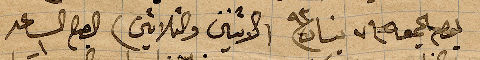
يوم الجمعة في ٧ نيسان ١٨٩٣ (الاثنين والثلاثين) الصباح الساعد